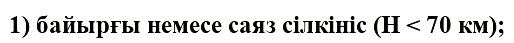
1) байырғы немесе саяз сілкініс (H < 70 км);